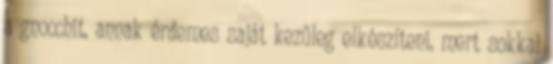
a gnocchit, annak érdemes saját kezűleg elkészíteni, mert sokkal